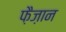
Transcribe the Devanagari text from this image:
फ़ैज़ान